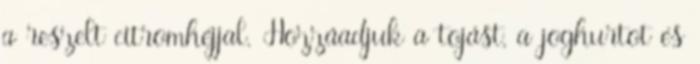
a reszelt citromhéjjal. Hozzáadjuk a tojást, a joghurtot és